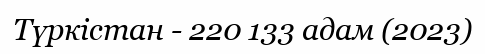
Түркістан - 220 133 адам (2023)